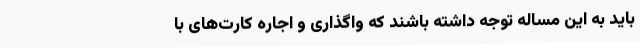
باید به این مساله توجه داشته باشند که واگذاری و اجاره کارت‌های با